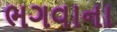
ભગવાના